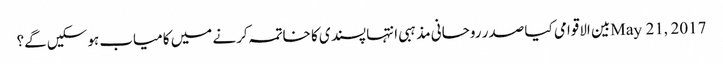
May 21, 2017بین الاقوامی	کیا صدر روحانی مذہبی انتہا پسندی کا خاتمہ کرنے میں کامیاب ہوسکیں گے؟